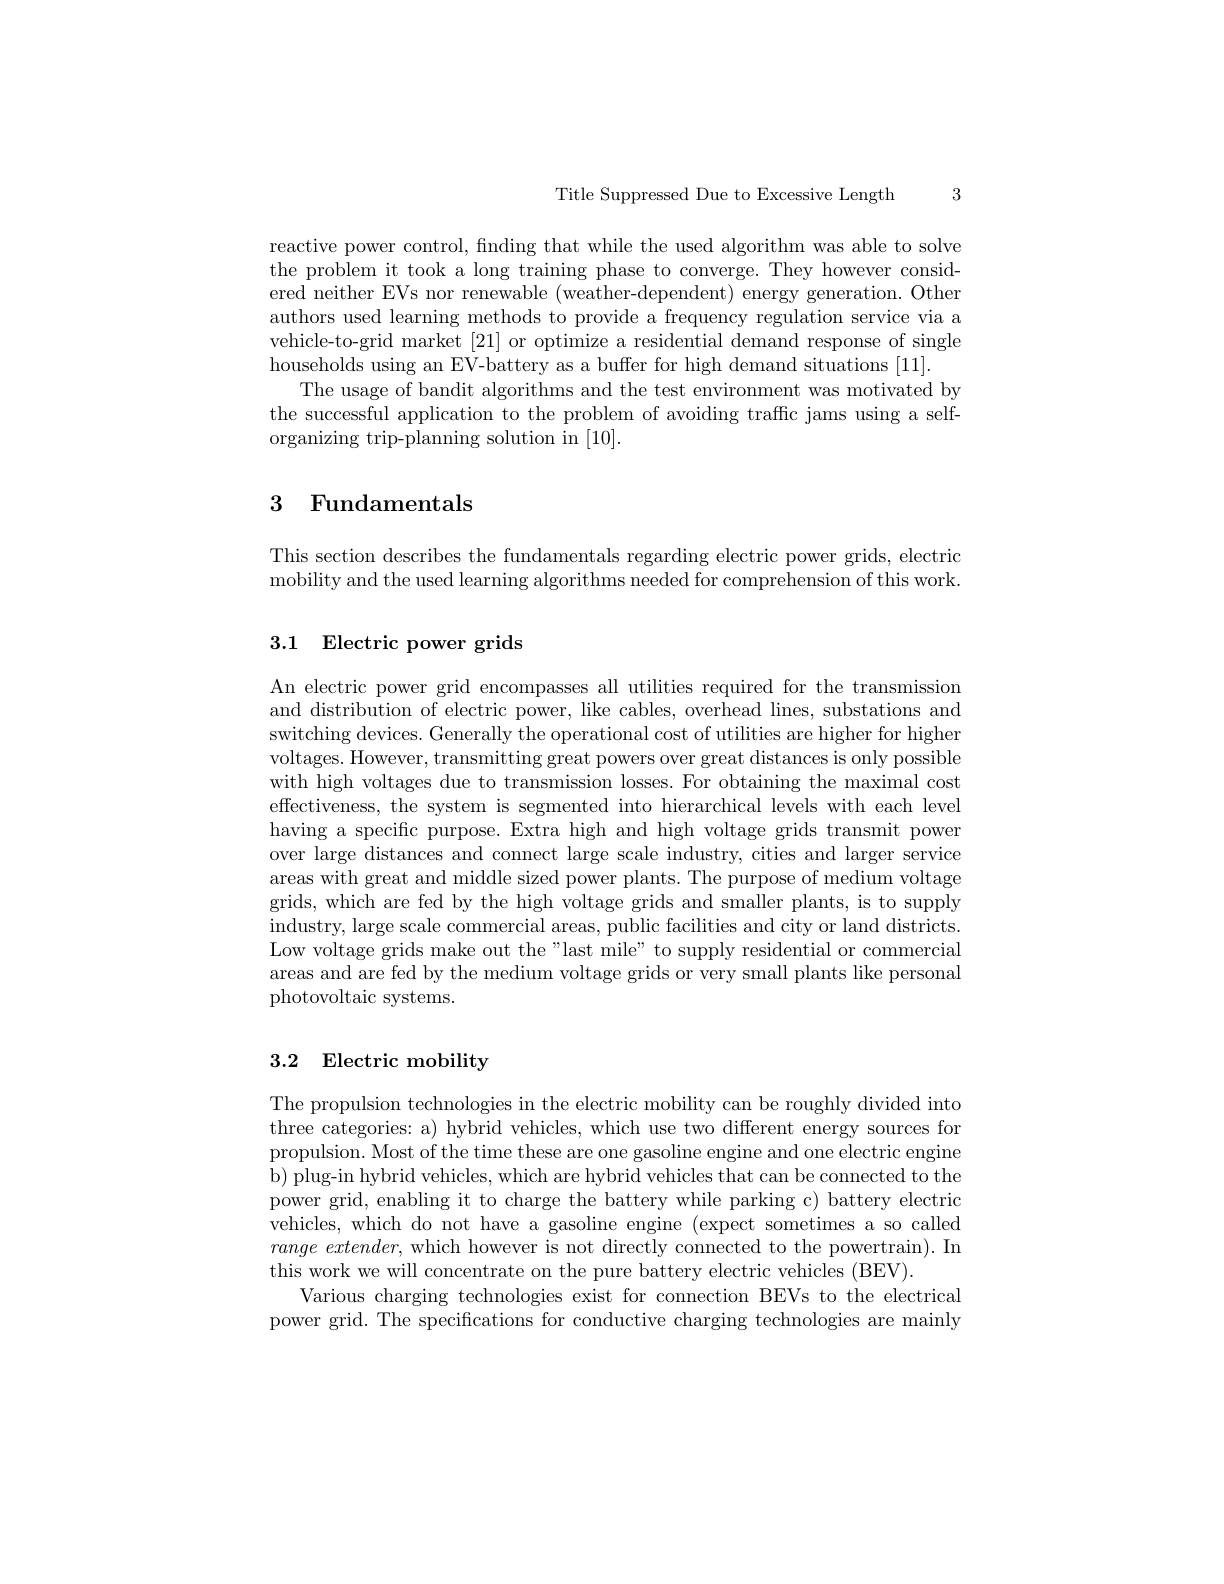
Title Suppressed Due to Excessive Length

3

reactive power control, finding that while the used algorithm was able to solve the problem it took a long training phase to converge. They however considered neither EVs nor renewable (weather-dependent) energy generation. Other authors used learning methods to provide a frequency regulation service via a vehicle-to-grid market [21] or optimize a residential demand response of single households using an EV-battery as a buffer for high demand situations [11].
The usage of bandit algorithms and the test environment was motivated by the successful application to the problem of avoiding traffic jams using a selforganizing trip-planning solution in [10].

## 3 Fundamentals

This section describes the fundamentals regarding electric power grids, electric mobility and the used learning algorithms needed for comprehension of this work.

## 3.1 Electric power grids

An electric power grid encompasses all utilities required for the transmission and distribution of electric power, like cables, overhead lines, substations and switching devices. Generally the operational cost of utilities are higher for higher voltages. However, transmitting great powers over great distances is only possible with high voltages due to transmission losses. For obtaining the maximal cost effectiveness, the system is segmented into hierarchical levels with each level having a specific purpose. Extra high and high voltage grids transmit power over large distances and connect large scale industry, cities and larger service areas with great and middle sized power plants. The purpose of medium voltage grids, which are fed by the high voltage grids and smaller plants, is to supply industry, large scale commercial areas, public facilities and city or land districts. Low voltage grids make out the"last mile" to supply residential or commercial areas and are fed by the medium voltage grids or very small plants like personal photovoltaic systems.

## 3.2 Electric mobility

The propulsion technologies in the electric mobility can be roughly divided into three categories: a) hybrid vehicles, which use two different energy sources for propulsion. Most of the time these are one gasoline engine and one electric engine b) plug-in hybrid vehicles, which are hybrid vehicles that can be connected to the power grid, enabling it to charge the battery while parking c) battery electric vehicles,which do not have a gasoline engine (expect sometimes a so called $range\textit{ extender, which however is not directly connected to the powertrain) . In}$ this work we will concentrate on the pure battery electric vehicles (BEV).
Various charging technologies exist for connection BEVs to the electrical power grid. The specifications for conductive charging technologies are mainly